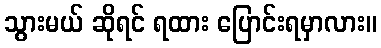
သွားမယ် ဆိုရင် ရထား ပြောင်းရမှာလား။